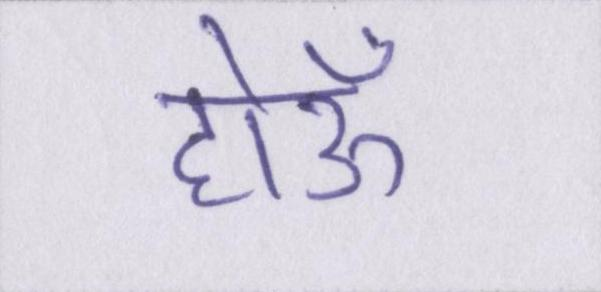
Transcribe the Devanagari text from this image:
होऊँ